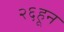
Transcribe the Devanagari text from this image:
२६हून